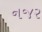
નજર